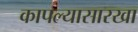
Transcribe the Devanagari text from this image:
कापल्यासारखा